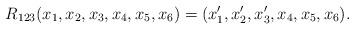
LaTeX: \begin{align*}R_{123}(x_1,x_2,x_3,x_4,x_5,x_6)=(x_1',x_2',x_3',x_4,x_5,x_6).\end{align*}